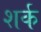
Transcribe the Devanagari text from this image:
शर्क